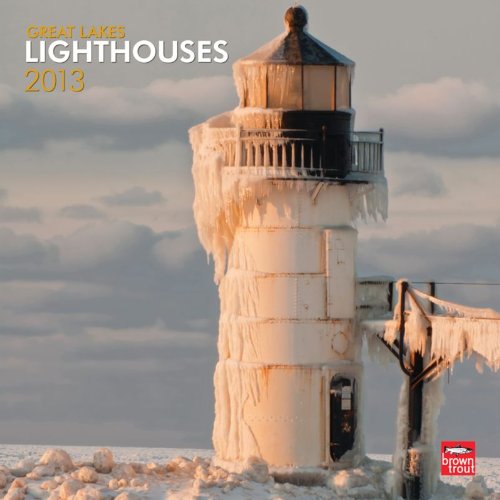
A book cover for Great Lakes Lighthouses 2013 Square 12X12 Wall; Browntrout Publishers; Calendars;